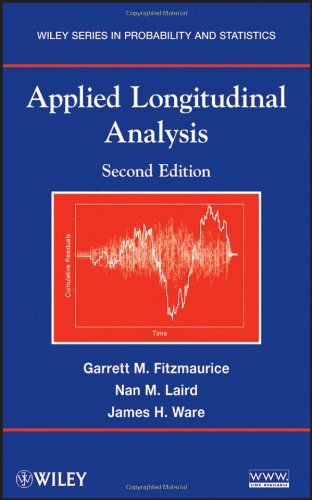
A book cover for Applied Longitudinal Analysis; Garrett M. Fitzmaurice; Medical Books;